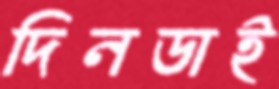
দিনডাই